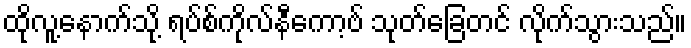
ထိုလူ့နောက်သို့ ရပ်စ်ကိုလ်နီကော့ဗ် သုတ်ခြေတင် လိုက်သွားသည်။